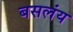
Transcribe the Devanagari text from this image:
बसलंय